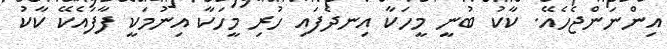
އިންނަންޖެހެއޭ. ކާކު ބުނީ މީހަކާ އިނދެފައި ހުރި މީހަކާ އިނުމަކީ ފާފައެކޭ ކާކު